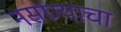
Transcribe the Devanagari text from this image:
नसण्याचा